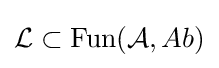
{\mathcal {L}}\subset \operatorname {Fun} ({\mathcal {A}},Ab)